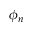
\phi _ { n }